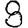
Digit: 8